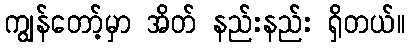
ကျွန်တော့်မှာ အိတ် နည်းနည်း ရှိတယ်။